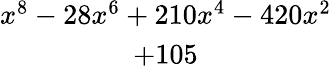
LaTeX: \begin{array}{c}{x^{8}-28x^{6}+210x^{4}-420x^{2}}\\ {+105}\end{array}